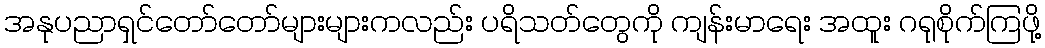
အနုပညာရှင်တော်တော်များများကလည်း ပရိသတ်တွေကို ကျန်းမာရေး အထူး ဂရုစိုက်ကြဖို့